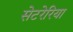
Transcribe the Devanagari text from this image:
सेटरेरिया